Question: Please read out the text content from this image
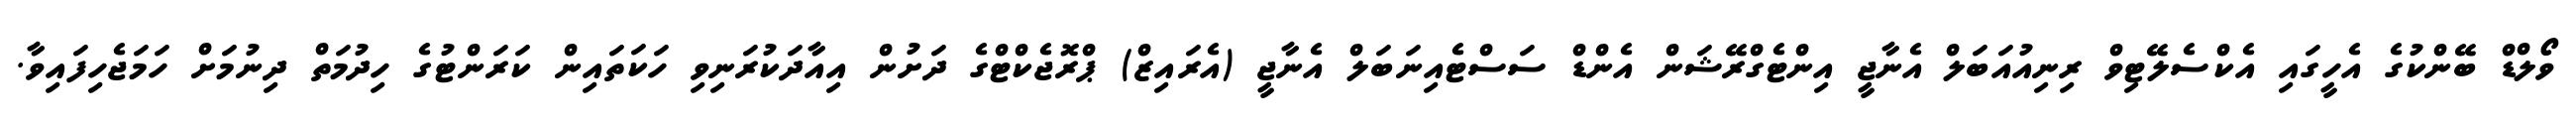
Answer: ވޯލްޑް ބޭންކުގެ އެހީގައި އެކްސެލޭޓިވް ރިނިއުއަބަލް އެނާޖީ އިންޓެގްރޭޝަން އެންޑް ސަސްޓެއިނަބަލް އެނާޖީ (އެރައިޒް) ޕްރޮޖެކްޓްގެ ދަށުން އިއާދަކުރަނިވި ހަކަތައިން ކަރަންޓުގެ ހިދުމަތް ދިނުމަށް ހަމަޖެހިފައިވާ.